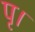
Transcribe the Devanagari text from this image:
पृ।